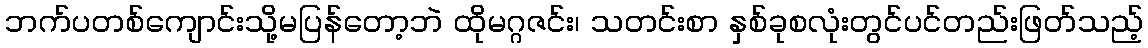
ဘက်ပတစ်ကျောင်းသို့မပြန်တော့ဘဲ ထိုမဂ္ဂဇင်း၊ သတင်းစာ နှစ်ခုစလုံးတွင်ပင်တည်းဖြတ်သည့်